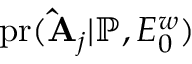
\mathrm { p r } ( \mathbf { \hat { A } } _ { j } | \mathbb { P } , E _ { 0 } ^ { w } )